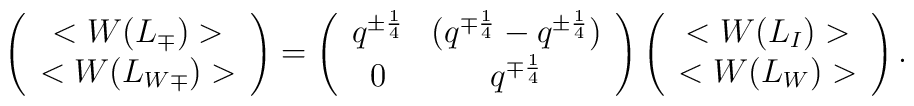
\left(\begin{array}{c}      <W(L_\mp)>\\<W(L_{W\mp})>      \end{array}\right) =\left(\begin{array}{cc}q^{\pm{1\over 4}}&(q^{\mp{1\over 4}}-q^{\pm{1\over 4}})\\0&q^{\mp{1\over 4}}\end{array}\right)\left(\begin{array}{c}      	<W(L_I)>\\      	<W(L_W)>      \end{array}\right).